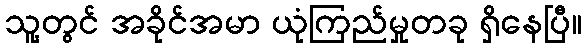
သူ့တွင် အခိုင်အမာ ယုံကြည်မှုတခု ရှိနေပြီ။